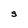
Character: S